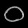
Digit: ၀